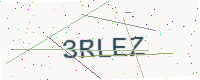
Text: 3RLEZ